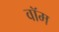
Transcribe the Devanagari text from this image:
वॉम